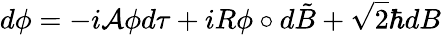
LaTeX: d\phi=-i{\cal A}\phi d\tau+iR\phi\circ d\tilde{B}+\sqrt{2}\hbar dB